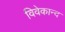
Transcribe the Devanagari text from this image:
विवेकान्‍द